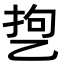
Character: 㐝